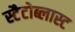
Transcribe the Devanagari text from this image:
स्टैटोब्लास्ट